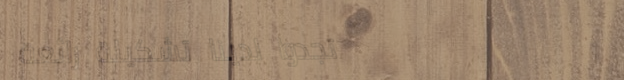
تجدوا لدينا تشكيلة رائعة